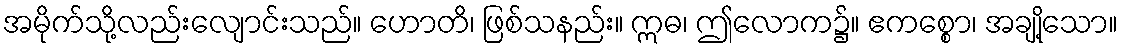
အမိုက်သို့လည်းလျောင်းသည်။ ဟောတိ၊ ဖြစ်သနည်း။ ဣဓ၊ ဤလောက၌။ ဧကစ္စော၊ အချို့သော။